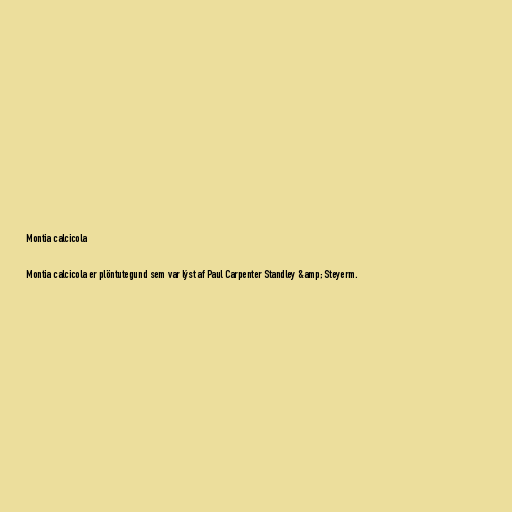
Montia calcicola

Montia calcicola er plöntutegund sem var lýst af Paul Carpenter Standley &amp; Steyerm.